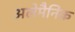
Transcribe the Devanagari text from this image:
अलेमैनिक